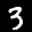
Label: 3